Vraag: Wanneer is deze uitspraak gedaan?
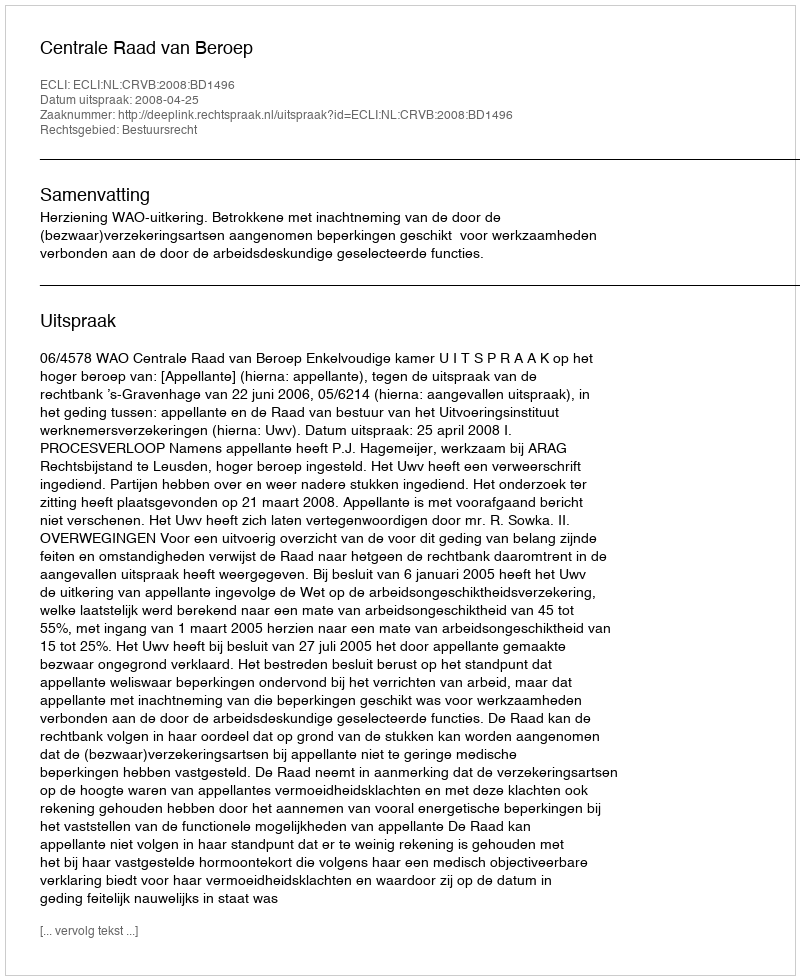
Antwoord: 2008-04-25